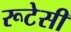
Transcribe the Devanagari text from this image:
रूटेसी